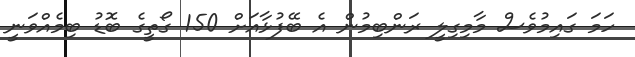
ހަމަ ގައިމުވެސް މާމިގިލީ ރަންބިމުން އެ ބޭފުޅާއަށް 150 ގޯތީގެ ބޮޑު ބިމެއްވަނީ